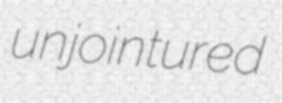
unjointured